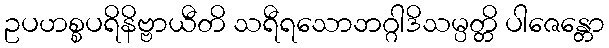
ဥပဟစ္စပရိနိဗ္ဗာယီတိ သရီရသောဘဂ္ဂါဒိသမ္ပတ္တိ ပါဇေန္တော